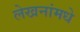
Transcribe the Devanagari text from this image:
लेखनांमधे